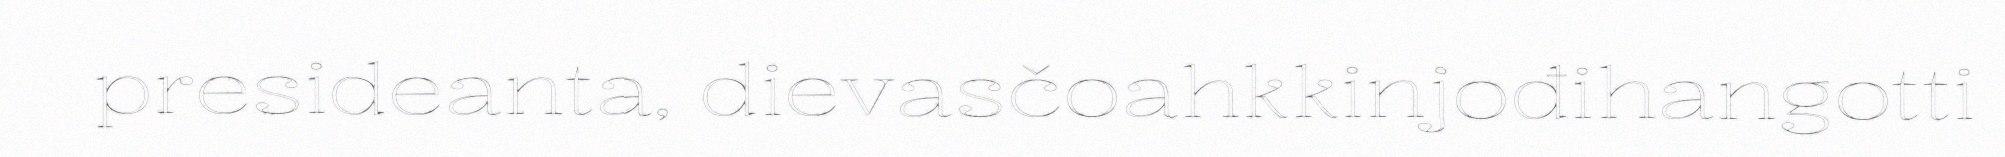
presideanta, dievasčoahkkinjođihangotti